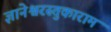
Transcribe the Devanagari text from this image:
ज्ञानेश्वरस्तुकाराम